Medical and sanitary report of the native army of Madras for the year
Year: 1876
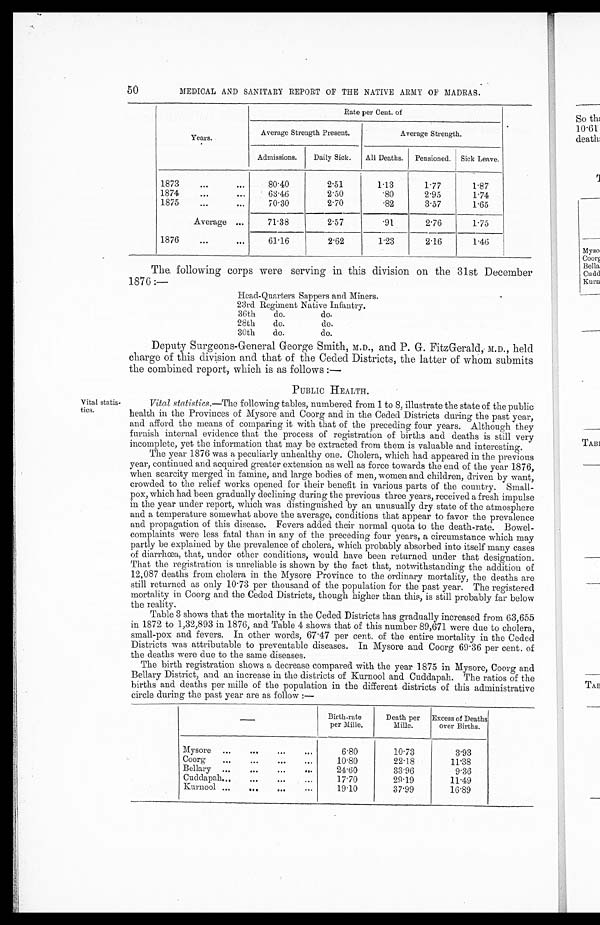
50
MEDICAL AND SANITARY REPORT OF THE NATIVE ARMY OF MADRAS.
Years.
Rate per Cent. of
Average Strength Present.
Average Strength.
Admissions.
Daily Sick.
All Deaths.
Pensioned.
Sick Leave.
1873
...
...
80.40
2.51
1.13
1.77
1.87
1874
...
...
63.46
2.50
.80
2.95
1.74
1875
...
...
70.30
2.70
. 8 2
3.57
1.65
Average ...
71.38
2.57
.91
2.76
1.75
1876
...
. . .
61.16
2.62
1.23
2.16
1.46
The following corps were serving in this division on the 31st December
1876 :—
Head-Quarters Sappers and Miners.
23rd Regiment Native Infantry.
36th
do.
do.
28th
do.
do.
30th
do.
do.
Deputy Surgeons-General George Smith, M.D., and P. G. FitzGerald, M.D., held
charge of this division and that of the Ceded Districts, the latter of whom submits
the combined report, which is as follows :
—
PUBLIC HEALTH.
Vital statis-
tics.
Vital statistics. —The following tables, numbered from 1 to 8, illustrate the state of the public
health in the Provinces of Mysore and Coorg and in the Ceded Districts during the past year,
and afford the means of comparing it with that of the preceding four years. Although they
furnish internal evidence that the process of registration of births and deaths is still very
incomplete, yet the information that may be extracted from them is valuable and interesting.
The year 1876 was a peculiarly unhealthy one. Cholera, which had appeared in the previous
year, continued and acquired greater extension as well as force towards the end of the year 1876,
when scarcity merged in famine, and large bodies of men, women and children, driven by want,
crowded to the relief works opened for their benefit in various parts of the country. Small-
pox, which had been gradually declining during the previous three years, received a fresh impulse
in the year under report, which was distinguished by an unusually dry state of the atmosphere
and a temperature somewhat above the average, conditions that appear to favor the prevalence
and propagation of this disease. Fevers added their normal quota to the death-rate. Bowel-
complaints were less fatal than in any of the preceding four years, a circumstance which may
partly be explained by the prevalence of cholera, which probably absorbed into itself many cases
of diarrhœa, that, under other conditions, would have been returned under that designation.
That the registration is unreliable is shown by the fact that, notwithstanding the addition of
12,087 deaths from cholera in the Mysore Province to the ordinary mortality, the deaths are
still returned as only 10.73 per thousand of the population for the past year. The registered
mortality in Coorg and the Ceded Districts, though higher than this, is still probably far below
the reality.
Table 3 shows that the mortality in the Ceded Districts has gradually increased from 63,655
in 1872 to 1,32,893 in 1876, and Table 4 shows that of this number 89,671 were due to cholera,
small-pox and fevers. In other words, 67.47 per cent. of the entire mortality in the Ceded
Districts was attributable to preventable diseases. In Mysore and Coorg 69.36 per cent. of
the deaths were due to the same diseases.
The birth registration shows a decrease compared with the year 1875 in Mysore, Coorg and
Bellary District, and an increase in the districts of Kurnool and Cuddapah. The ratios of the
births and deaths per mille of the population in the different districts of this administrative
circle during the past year are as follow :—
Birth-rate
per Mille.
Death per
Mille.
Excess of Deaths
over Births.
Mysore ...
...
...
...
6.80
10.73
3.93
Coorg
...
...
...
...
10.80
22.18
11.38
Bellary ...
...
24.60
33.96
9.36
Cuddapah...
...
...
...
17.70
2 9 . 1 9
11.49
Kurnool ...
...
...
...
19.10
37.99
16.89